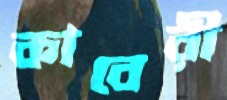
কাবেরী